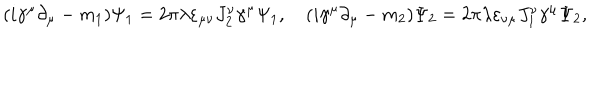
LaTeX: ( i \gamma ^ { \mu } \partial _ { \mu } - m _ { 1 } ) \Psi _ { 1 } = 2 \pi \lambda \varepsilon _ { \mu \nu } J _ { 2 } ^ { \nu } \gamma ^ { \mu } \Psi _ { 1 } , \quad ( i \gamma ^ { \mu } \partial _ { \mu } - m _ { 2 } ) \Psi _ { 2 } = 2 \pi \lambda \varepsilon _ { \nu \mu } J _ { 1 } ^ { \nu } \gamma ^ { \mu } \Psi _ { 2 } ,